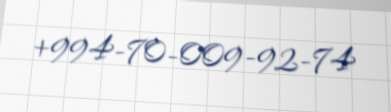
+994-70-009-92-74